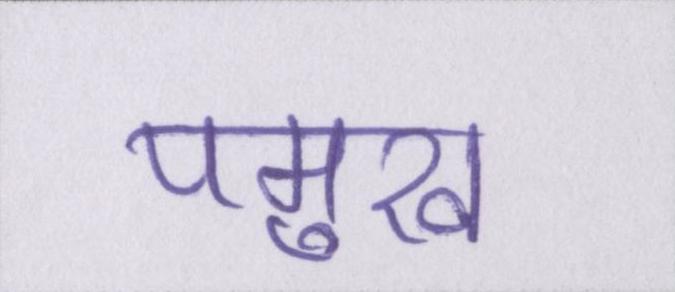
पमुख